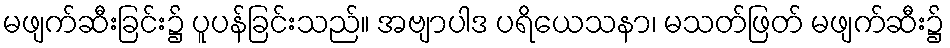
မဖျက်ဆီးခြင်း၌ ပူပန်ခြင်းသည်။ အဗျာပါဒ ပရိယေသနာ၊ မသတ်ဖြတ် မဖျက်ဆီး၌